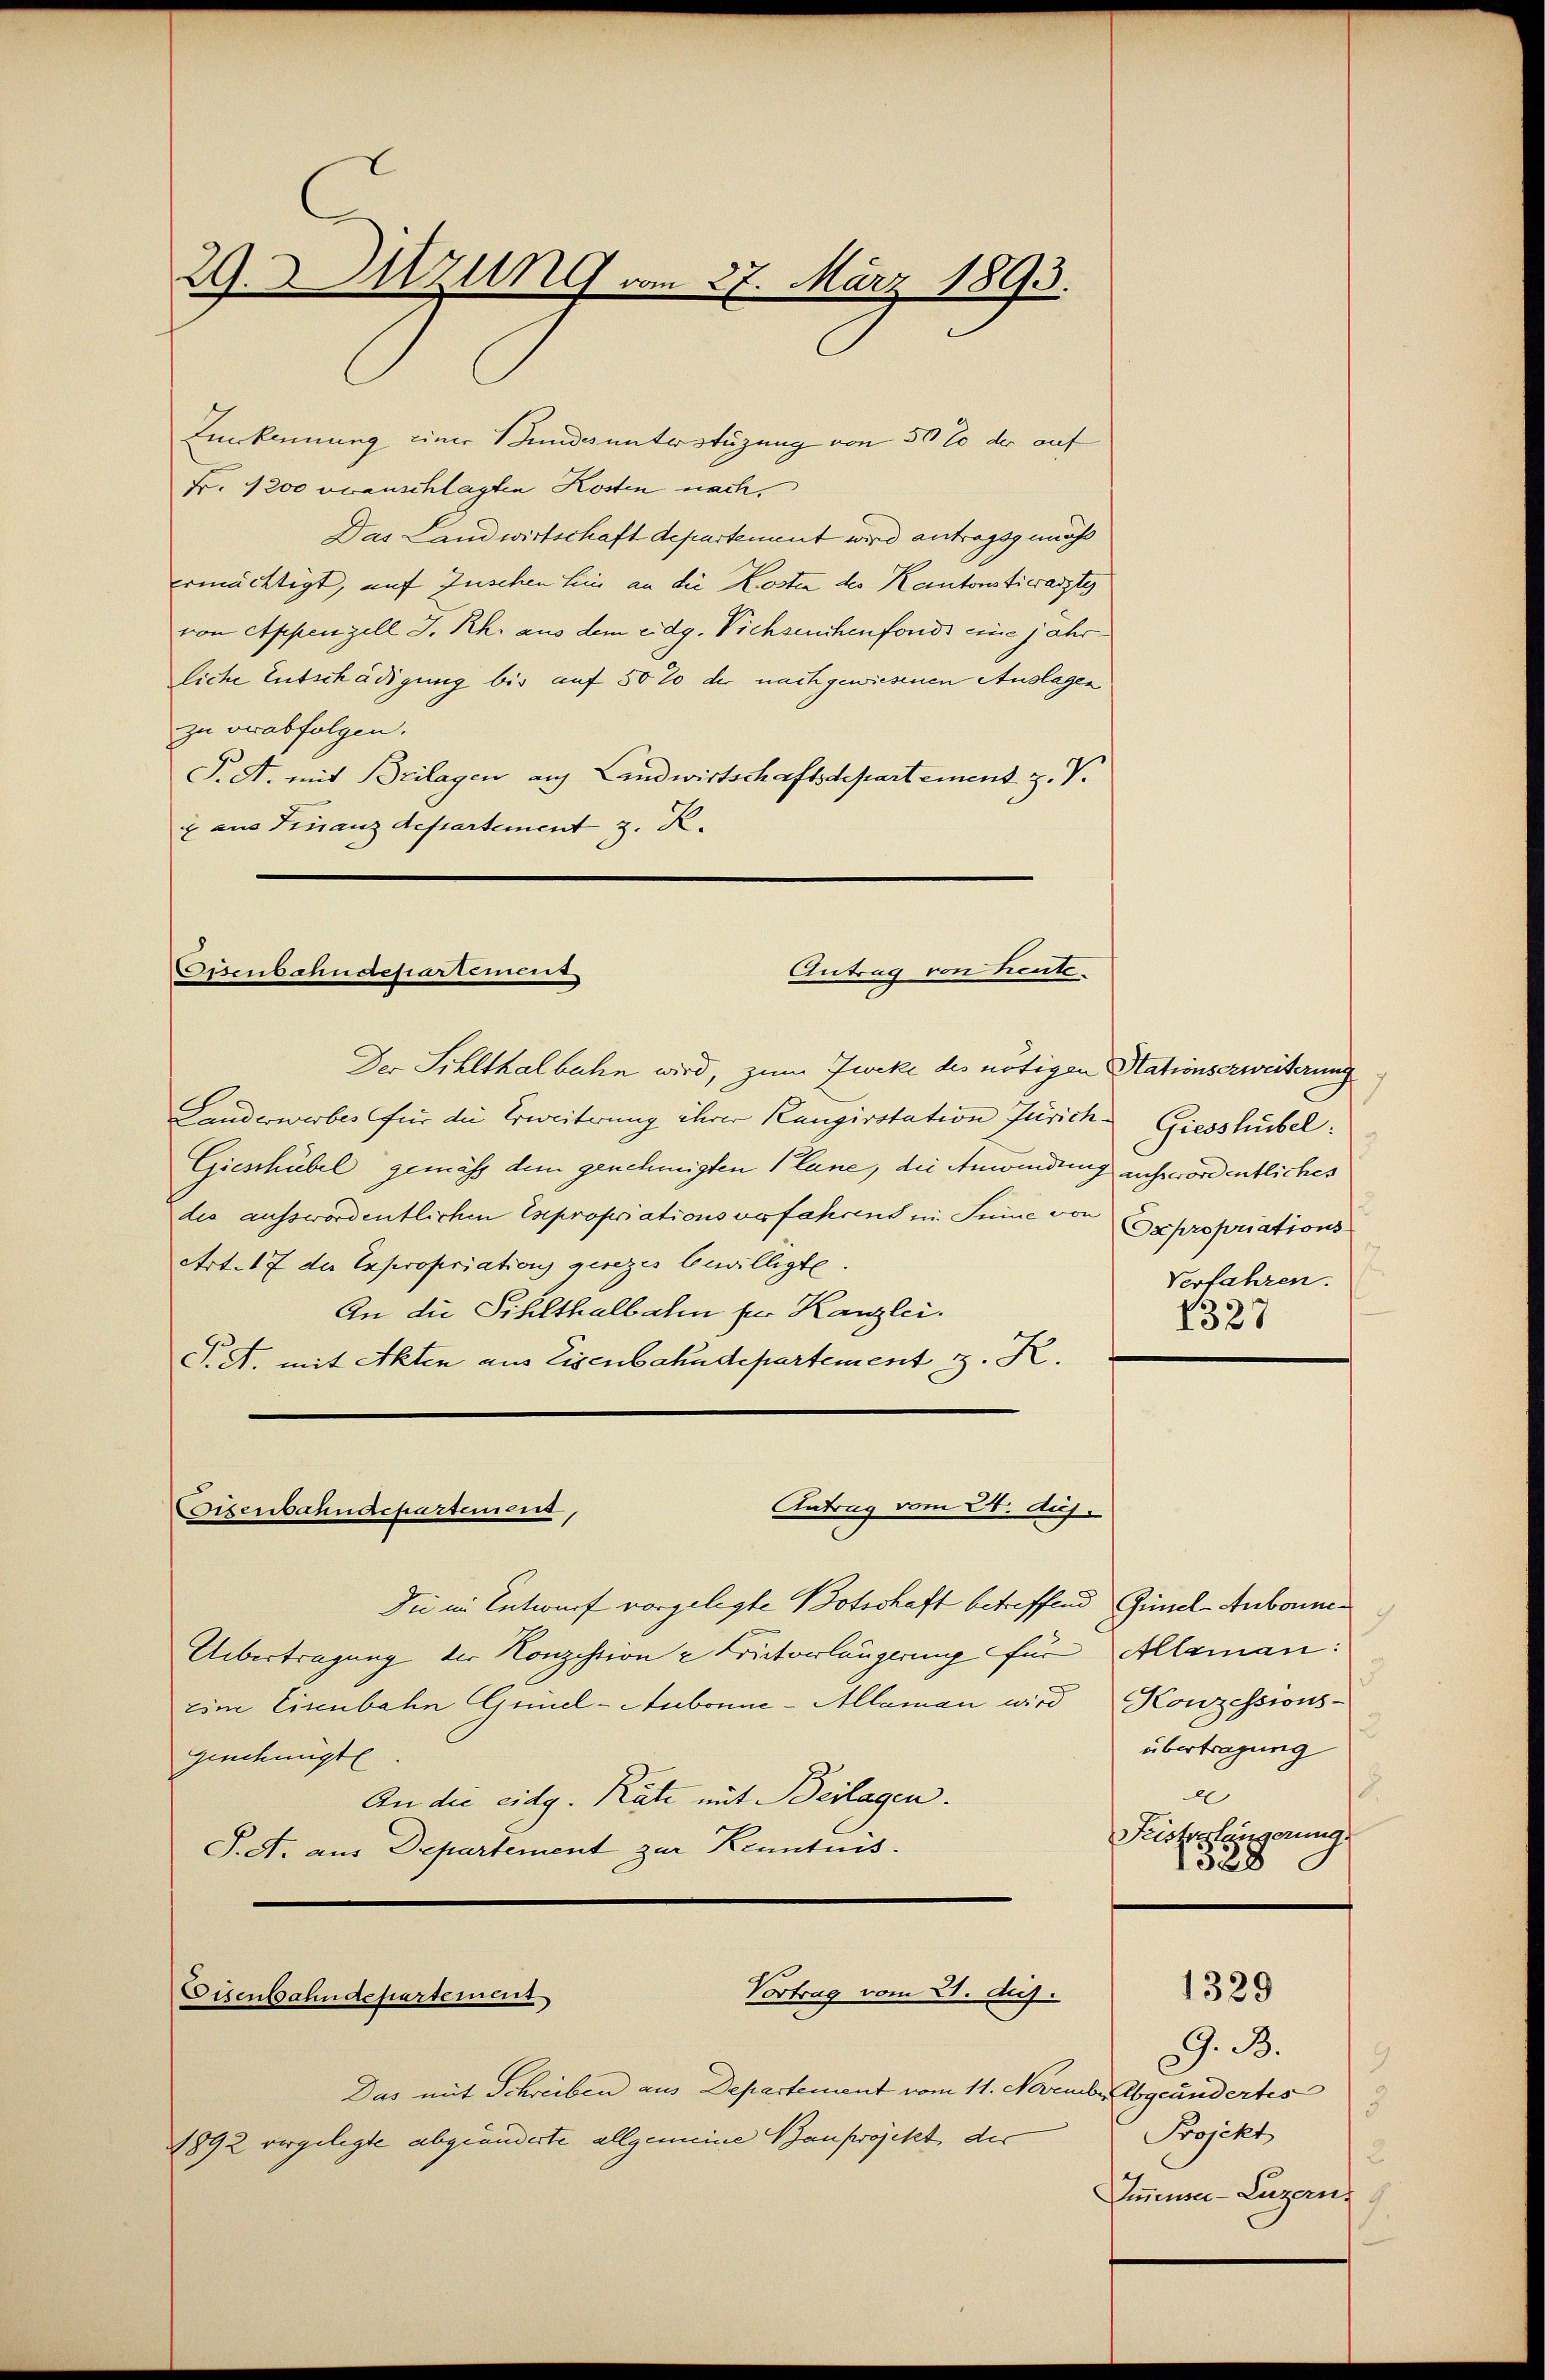
29. Sitzung vom 27. März 1893.

Linkennung einer Bundes unterstüzung von 50 % der auf
Fr. 1200 oranschlagten Kosten nach,
Das Landwirtschaft departement wird antragsgemäss
ermächtigt, auf Zuschen sein an die Kosten des Kantonstierarzte
von Appenzell I. Rh. aus dem eidg. Viehseuchenfonds eine jahr
liche Entschädigung bis auf 50% der nachgewiesenen Auslagen
zu verabfolgen.
P.A. mit Beilagen auf Landwirtschaftsdepartement z. V.
i aus Finanzdepartement z. R.

Eisenbahndepartement
Antrag von heute.

Antrag vom 24. Aug.
Eisenbahndepartemend,

Vortrag vom 21. Aug.
Eisenbahndepartement

Das mit Schreiben aus Departement vom 11. November abgeändertes
1892 vergelegte abgeänderte allgemeine Bauprojekt der

Der Sihlthalbahn wird, zum Zweke des nötigen Stationserweiterung
Landerwerbes für die Erweiterung ihrer Rangirstation Zürich Giesshübel.
Gieschübel gemäß dem genehmigten 1 lane, die Anwendung aufgefordentliches
dis ausserordentlichen Expropriationsverfahrens in Summe von Expropriations
Art. 17 der Expropriation gesezes bewilligte.
An die Sihlthalbahn zur Kanzlei.
T. A. mit Akten aus Eisenbahndepartement z. K.

Die in Entwurf vorgelegte Botschaft betreffend Günel-Aubonne
Übertragung der Konzession u Fristverlängerung für Alleman:
eine Eisenbahn Quel-Aubonne-Allaman wird Konzessions-
genehmigte
An die eidg. Räte mit Beilagen.
P. A. aus Departement zur Kenntnis.

Verfahren.
1327

d
übertragung
e
Feisterlängerung
1328

G. B.
9.
2.
Projekt
2.
Immensa-Luzern

1329